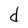
Character: d